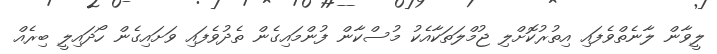
ލީވާން ލާނެތްވެފައި އިތުރުކޮށްލި ޖުމްލަތަކާއެކު މުސްކާން ފުންމައިގެން ތެދުވެފައި ވަށައިގެން ހޯދައިލީ ބިރެއް